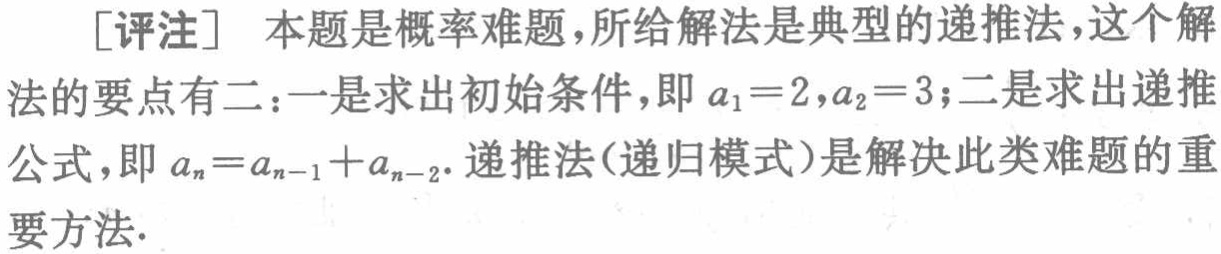
[评注] 本题是概率难题,所给解法是典型的递推法,这个解法的要点有二：一是求出初始条件，即\(a_1 = 2,a_2 = 3\)；二是求出递推公式，即\(a_n=a_{n - 1}+a_{n - 2}\). 递推法(递归模式)是解决此类难题的重要方法.